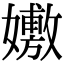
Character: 𡣷